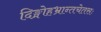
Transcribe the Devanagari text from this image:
दिङ्मोहभ्रान्तचेतसः